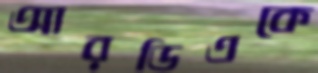
আরডিএকে